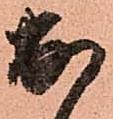
出